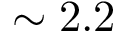
\sim 2 . 2